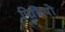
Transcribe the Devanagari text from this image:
पिढि़यों